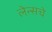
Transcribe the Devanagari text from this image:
लेन्सचे